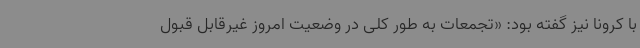
با کرونا نیز گفته بود: «تجمعات به طور کلی در وضعیت امروز غیرقابل قبول